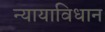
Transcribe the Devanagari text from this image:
न्यायाविधान